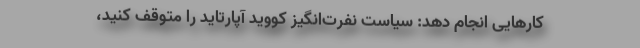
کارهایی انجام دهد: سیاست نفرت‌انگیز کووید آپارتاید را متوقف کنید،